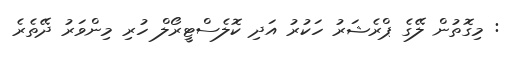
: މިގޮތުން ލޭގެ ޕްރެޝަރު ހަކުރު އަދި ކޮލެސްޓީރޯލް ހުރި މިންވަރު ދޭތެރެ